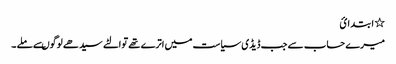
٭ ا بتد ا ئ
میرے حساب سے جب ڈیڈی سیاست میں اترے تھے توالٹے سیدھے لوگوںسے ملے ۔